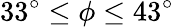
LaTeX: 33^{\circ}\leq\phi\leq 43^{\circ}